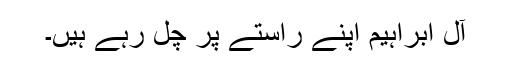
آل ابراہیم اپنے راستے پر چل رہے ہیں۔